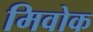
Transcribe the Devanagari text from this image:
मिवोक